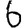
Digit: 6